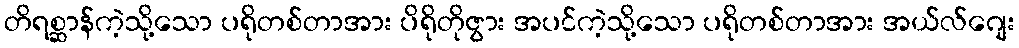
တိရစ္ဆာန်ကဲ့သို့သော ပရိုတစ်တာအား ပိရိုတိုဇွား အပင်ကဲ့သို့သော ပရိုတစ်တာအား အယ်လ်ဂျေး